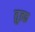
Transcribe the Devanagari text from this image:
तुत्फ